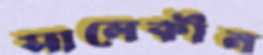
সালেকীন